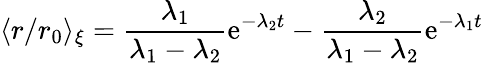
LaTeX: \langle r/r_{0}\rangle_{\xi}=\frac{\lambda_{1}}{\lambda_{1}-\lambda_{2}}\mathrm{e}^{-\lambda_{2}t}-\frac{\lambda_{2}}{\lambda_{1}-\lambda_{2}}\mathrm{e}^{-\lambda_{1}t}